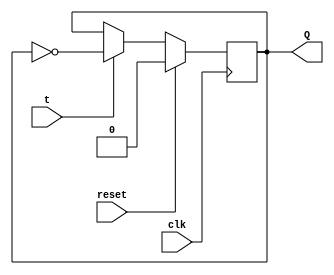
`timescale 1ns / 1ps

module T_flipflop(
    input t,clk,reset,
    output reg Q
    );
    always@(posedge clk)
          begin
            if(reset)
               Q <= 1'b0;
            else
                begin
                   if(t)
                    Q<= ~Q;
                   else
                    Q<= Q;                     
                end
          end
endmodule